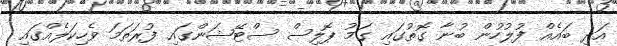
އަދި ބައެއް ފުލުހުން ބުނާ ގޮތުގައި ގަމު ޕޮލިސް ސްޓޭޝަންގައި ފުރަތަމަ ވެހިކަލެއްގައި